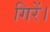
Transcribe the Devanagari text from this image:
गिरें।